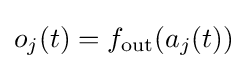
o_{j}(t)=f_{\text{out}}(a_{j}(t))